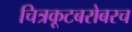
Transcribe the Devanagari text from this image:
चित्रकूटबरोबरच